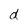
Character: d